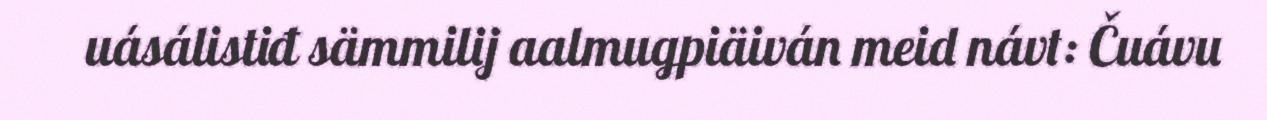
uásálistiđ sämmilij aalmugpiäiván meid návt: Čuávu